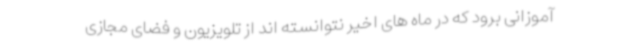
آموزانی برود که در ماه های اخیر نتوانسته اند از تلویزیون و فضای مجازی